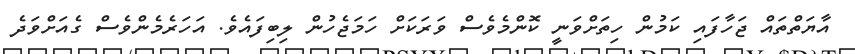
އާޔަތްތައް ޖަހާފައި ކަމުން ހިތަށްވަނީ ކޮންމެވެސް ވަރަކަށް ހަމަޖެހުން ލިބިފައެވެ. އަހަރެމެންވެސް ގެއަށްވަދެ